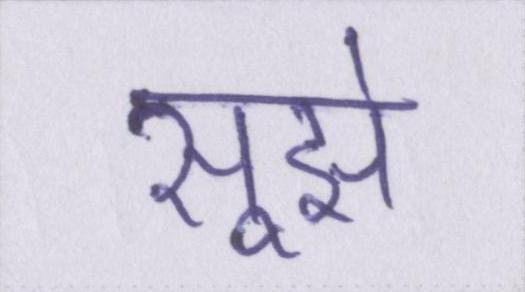
सूझे